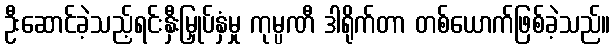
ဦးဆောင်ခဲ့သည့်ရင်းနှီးမြှုပ်နှံမှု ကုမ္ပဏီ ဒါရိုက်တာ တစ်ယောက်ဖြစ်ခဲ့သည်။